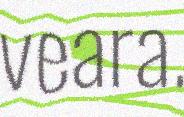
veara.